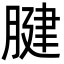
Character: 腱